Indian journal of veterinary science and animal husbandry - Volumes 15-17, 1948-1951
Year: 1948
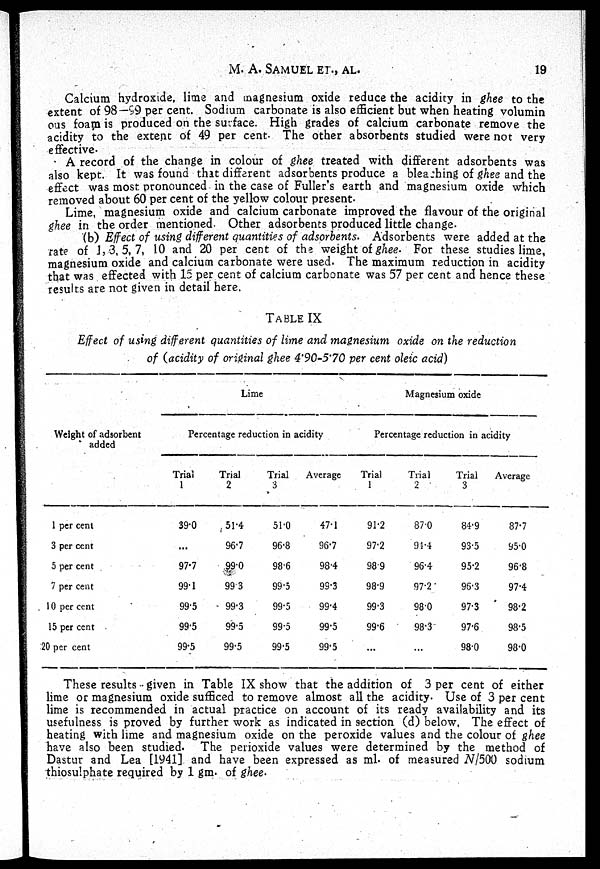
M. A.
SAMUEL
ET.,
AL.
19
Calcium hydroxide, lime and magnesium oxide reduce the acidity in ghee to the
extent of 98—99 per cent. Sodium carbonate is also efficient but when heating volumin
ous foam is produced on the surface. High grades of calcium carbonate remove the
acidity to the extent of 49 per cent. The other absorbents studied were not very
effective.
A record of the change in colour of ghee treated with different adsorbents was
also kept. It was found that different adsorbents produce a bleaching of ghee and the
effect was most pronounced in the case of Fuller's earth and magnesium oxide which
removed about 60 per cent of the yellow colour present.
Lime, magnesium oxide and calcium carbonate improved the flavour of the original
ghee in the order mentioned. Other adsorbents produced little change.
(b) Effect of using different quantities of adsorbents. Adsorbents were added at the
rate of 1, 3, 5, 7, 10 and 20 per cent of the weight of ghee. For these studies lime,
magnesium oxide and calcium carbonate were used. The maximum reduction in acidity
that was effected with 15 per cent of calcium carbonate was 57 per cent and hence these
results are not given in detail here.
TABLE IX
Effect of using different quantities of lime and magnesium oxide on the reduction
of (acidity of original ghee 4.90-5.70 per cent oleic acid)
Weight of adsorbent
added
1 per cent
3 per cent
5 per cent
7 per cent
10 per cent
15 per cent
20 per cent
Lime
Percentage reduction in acidity
Trial
1
39.0
...
97.7
99.1
99.5
99.5
99.5
Trial
2
51.4
96.7
99.0
99.3
99.3
99.5
99.5
Trial
3
51.0
96.8
98.6
99.5
99.5
99.5
99.5
Average
47.1
96.7
98.4
99.3
99.4
99.5
99.5
Magnesium oxide
Percentage reduction in acidity
Trial
1
91.2
97.2
98.9
98.9
99.3
99.6
...
Trial
2
87.0
91.4
96.4
97.2
98.0
98.3
...
Trial
3
84.9
93.5
95.2
96.3
97.3
97.6
98.0
Average
87.7
95.0
96.8
97.4
98.2
98.5
98.0
These results given in Table IX show that the addition of 3 per cent of either
lime or magnesium oxide sufficed to remove almost all the acidity. Use of 3 per cent
lime is recommended in actual practice on account of its ready availability and its
usefulness is proved by further work as indicated in section (d) below, The effect of
heating with lime and magnesium oxide on the peroxide values and the colour of ghee
have also been studied. The perioxide values were determined by the method of
Dastur and Lea [1941] and have been expressed as ml. of measured N/500 sodium
thiosulphate required by 1 gm. of ghee.